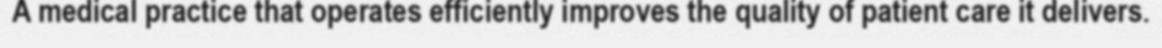
A medical practice that operates efficiently improves the quality of patient care it delivers.